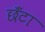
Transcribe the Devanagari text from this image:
छँटा